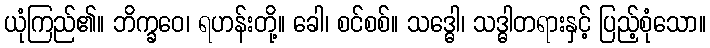
ယုံကြည်၏။ ဘိက္ခဝေ၊ ရဟန်းတို့။ ခေါ၊ စင်စစ်။ သဒ္ဓေါ၊ သဒ္ဓါတရားနှင့် ပြည့်စုံသော။